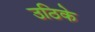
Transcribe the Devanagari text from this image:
उठिके